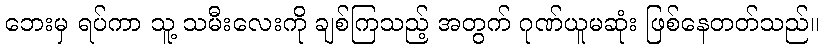
ဘေးမှ ရပ်ကာ သူ့ သမီးလေးကို ချစ်ကြသည့် အတွက် ဂုဏ်ယူမဆုံး ဖြစ်နေတတ်သည်။